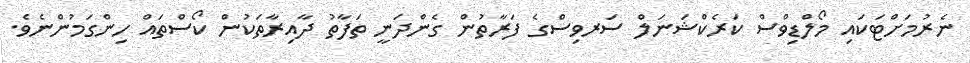
ނެރުމަށްޓަކައި މޯލްޑިވްސް ކަރެކްޝަނަލް ސަރވިސްގެ ފަރާތުން ގެންދަނީ ތަފާތު ދާއިރާތަކުން ކޯސްތައް ހިންގަމުންނެވެ.